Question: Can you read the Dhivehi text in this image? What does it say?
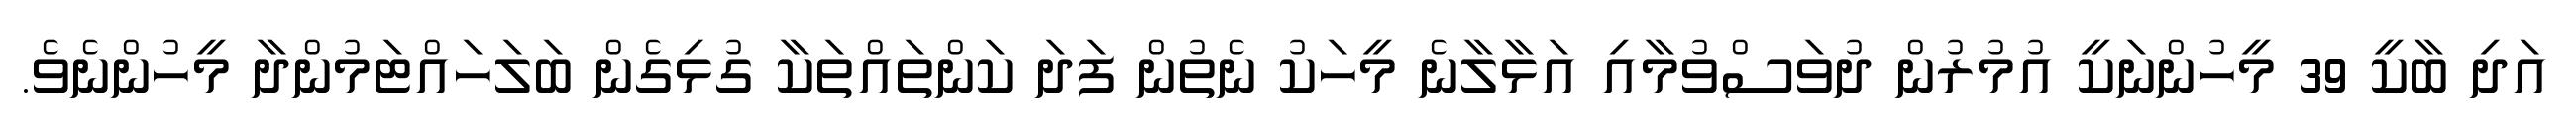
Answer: އަދި ބާކީ 39 މީހުންނަކީ އުމުރުން ދުވަސްވުމާއި އަޅާލާނެ މީހަކު ނެތުން ފަދަ ކަންތައްތަކާ ގުޅިގެން ބަލަހައްޓަމުންދާ މީހުންނެވެ.